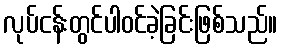
လုပ်ငန်းတွင်ပါဝင်ခဲ့ခြင်းဖြစ်သည်။